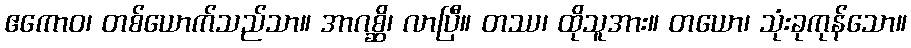
ဧကောဝ၊ တစ်ယောက်သည်သာ။ အာဂစ္ဆိ၊ လာပြီ။ တဿ၊ ထိုသူအား။ တယော၊ သုံးခုကုန်သော။